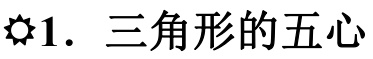
\ding{63}1. 三角形的五心